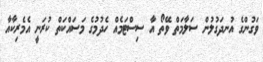
ވަގުންގެ އުނދަގުލުން ސަލާމަތް ވޭތޯ އާ ސިސްޓަމެއް ހެދުމުގެ މަސައްކަތް ކުރަނީ އެމެރިކާއާ